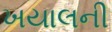
ખયાલની